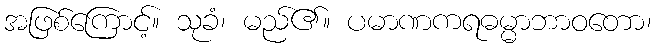
အဖြစ်ကြောင့်။ သုခံ၊ မည်၏။ ပမာဏကရဓမ္မာဘာဝတော၊